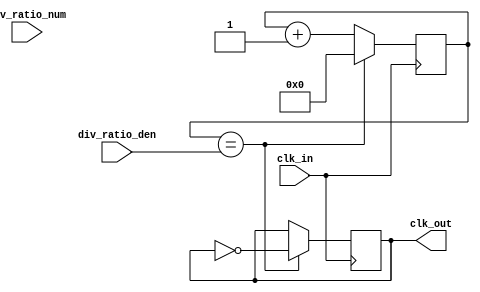
module fractional_clock_divider (
    input wire clk_in,
    input wire [7:0] div_ratio_num,
    input wire [7:0] div_ratio_den,
    output wire clk_out
);

reg [15:0] counter;
reg clk_out_reg;

always @(posedge clk_in) begin
    counter <= counter + 1;
    
    if(counter == div_ratio_den) begin
        counter <= 0;
        clk_out_reg <= ~clk_out_reg;
    end
end

assign clk_out = clk_out_reg;

endmodule